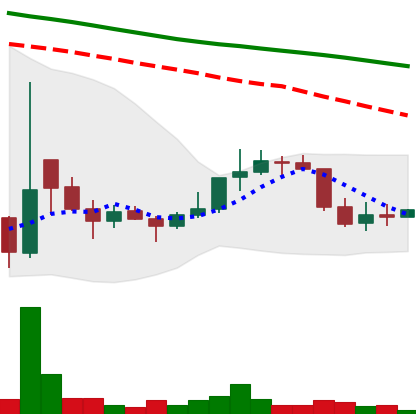
Ticker: DOGE-USD
Chart end date: 2022-01-01
Forward return: -7.41%
Label: down_7plus